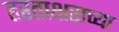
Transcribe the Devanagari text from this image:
हस्ताक्षराच्या